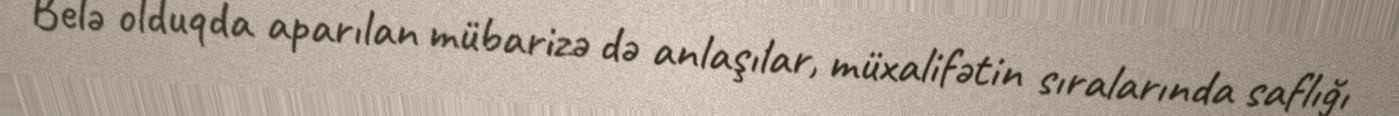
Belə olduqda aparılan mübarizə də anlaşılar, müxalifətin sıralarında saflığı